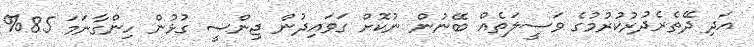
އަދި ދޭތެރެދުރުކުރުމުގެ ވަސީލަތެއް ބޭނުން ނުކޮށް ގަވައިދުން ޖިންސީ ގުޅުން ހިންގާނަމަ 85%